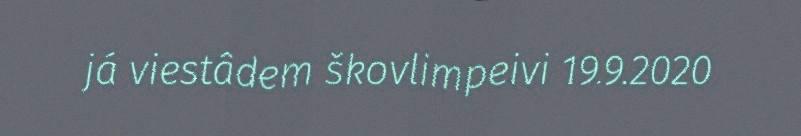
já viestâdem škovlimpeivi 19.9.2020